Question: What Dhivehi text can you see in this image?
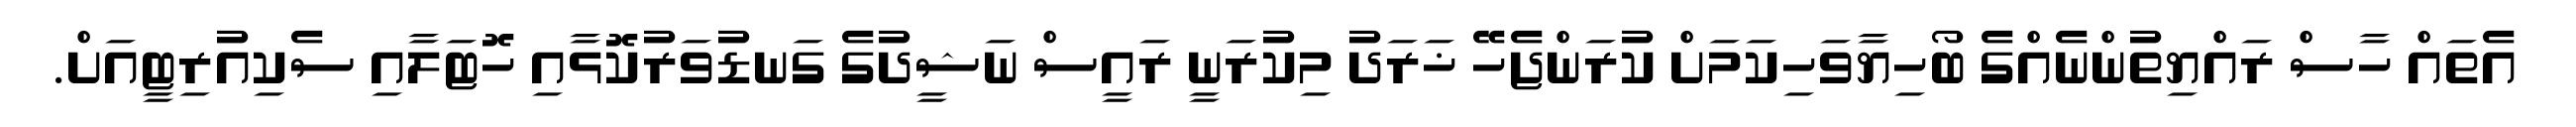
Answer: އެތައް ހާސް ރައްޔިތުންނެއްގެ ބޯހިޔާވަހިކަމަށް ކުރަންޖެހޭ ޚަރަދު މިކުރަނީ ރައީސް ނަޝީދުގެ ގަނޑުވަރުކޮޅާއި ހޮޓަލާއި ސެކިއުރިޓީއަށް.